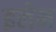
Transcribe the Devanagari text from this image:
इलेन